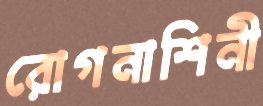
রোগনাশিনী